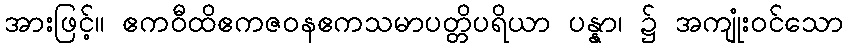
အားဖြင့်။ ဧကဝီထိဧကဇဝနဧကသမာပတ္တိပရိယာ ပန္နာ၊ ၌ အကျုံးဝင်သော